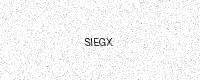
Text: SIEGX